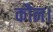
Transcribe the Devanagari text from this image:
कौन।